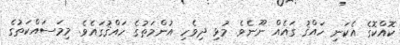
ކޮއްކޮގެ އެކަނި ހައްޤު ގައެއް ނޫނެވެ. މުޅި ދިވެހި އުންމަތުގެ ހައްޤުގައެވެ. މިމަސައްކަތުގެ